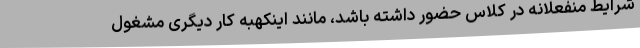
شرایط منفعلانه در کلاس حضور داشته باشد، مانند اینکهبه کار دیگری مشغول